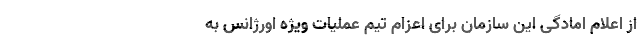
از اعلام امادگی این سازمان برای اعزام تیم عملیات ویژه اورژانس به